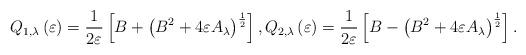
LaTeX: \begin{align*}Q_{1,\lambda }\left( \varepsilon \right) =\frac{1}{2\varepsilon }\left[B+\left( B^{2}+4\varepsilon A_{\lambda }\right) ^{\frac{1}{2}}\right] ,\text{}Q_{2,\lambda }\left( \varepsilon \right) =\frac{1}{2\varepsilon }\left[B-\left( B^{2}+4\varepsilon A_{\lambda }\right) ^{\frac{1}{2}}\right] . \end{align*}